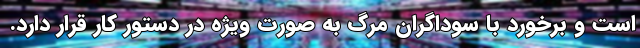
است و برخورد با سوداگران مرگ به صورت ویژه در دستور کار قرار دارد.